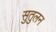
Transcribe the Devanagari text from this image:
सुतुलन